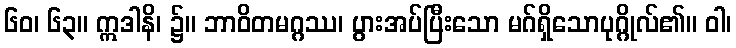
၆၀၊ ၆၃။ ဣဒါနိ၊ ၌။ ဘာဝိတမဂ္ဂဿ၊ ပွားအပ်ပြီးသော မဂ်ရှိသောပုဂ္ဂိုလ်၏။ ဝါ၊